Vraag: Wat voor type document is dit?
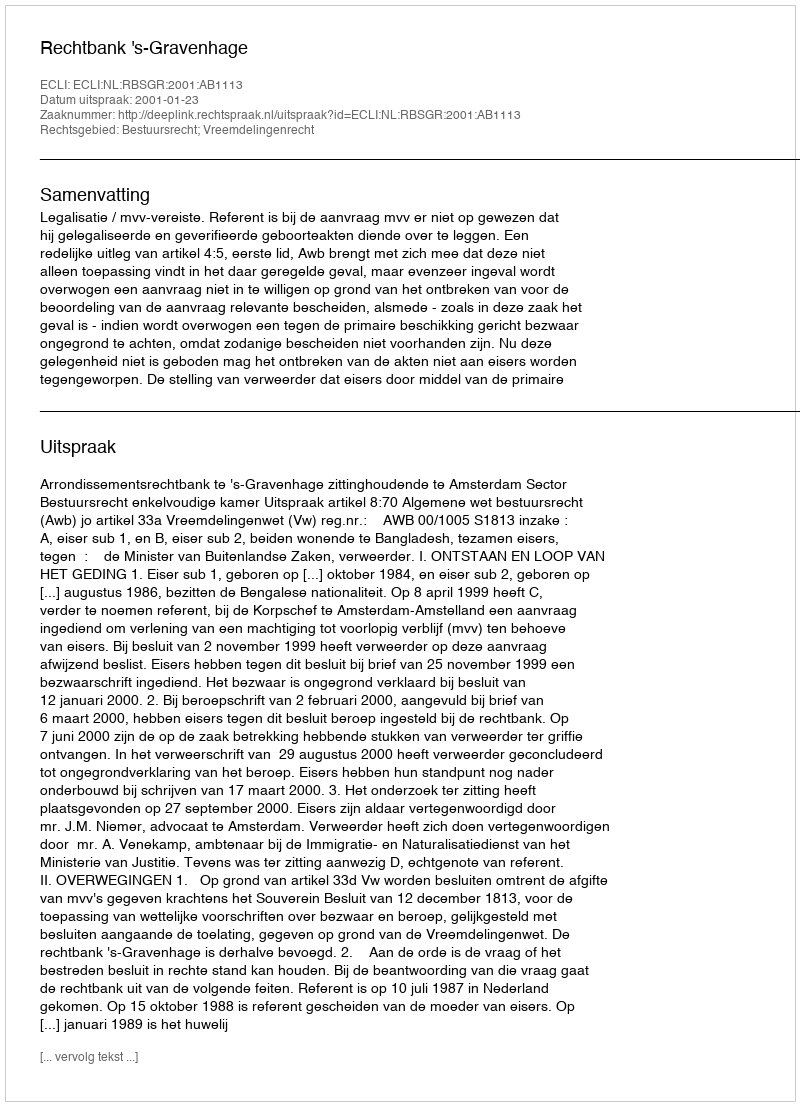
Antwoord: Uitspraak